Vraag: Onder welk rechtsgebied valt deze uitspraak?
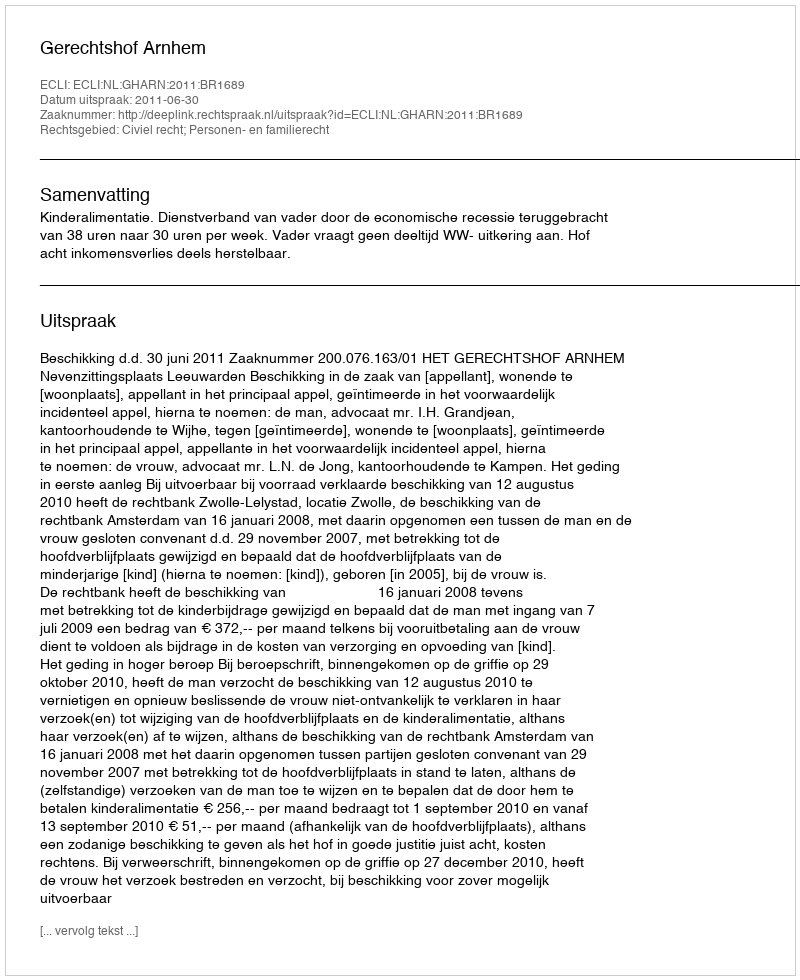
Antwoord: Civiel recht; Personen- en familierecht